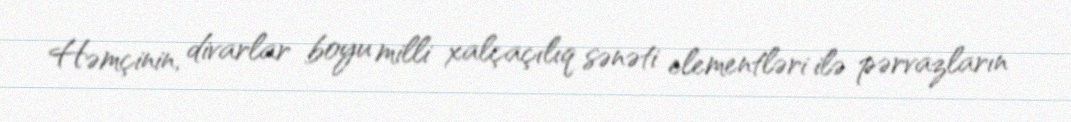
Həmçinin, divarlar boyu milli xalçaçılıq sənəti elementləri ilə pərvazların